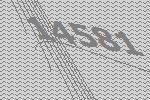
14581